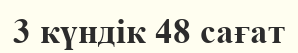
3 күндік 48 сағат